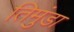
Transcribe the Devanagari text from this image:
तिमुंडा